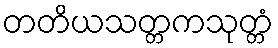
တတိယသတ္တကသုတ္တံ